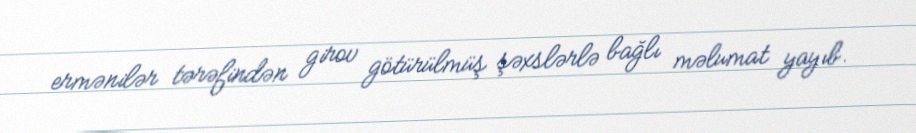
ermənilər tərəfindən girov götürülmüş şəxslərlə bağlı məlumat yayıb.